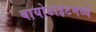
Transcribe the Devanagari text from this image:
बायोटाइटमध्ये